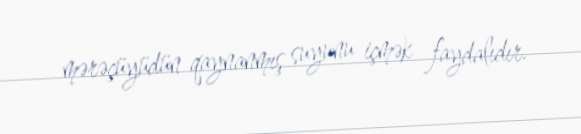
mərəçüyüdün qaynanmış suyunu içmək faydalıdır.